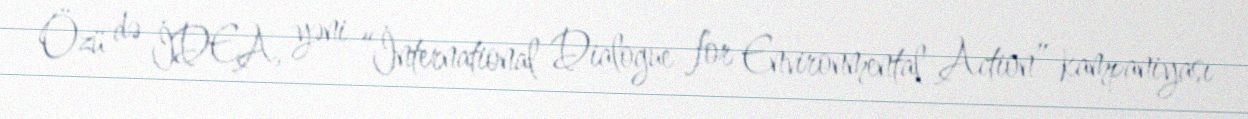
Özü də İDEA, yəni “İnternational Dialogue for Environmental Action” kampaniyası